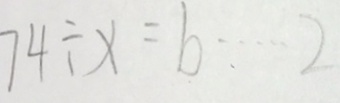
7 4 \div x = b \cdots 2